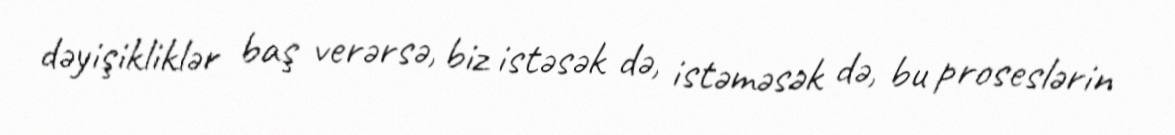
dəyişikliklər baş verərsə, biz istəsək də, istəməsək də, bu proseslərin